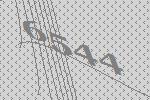
6544